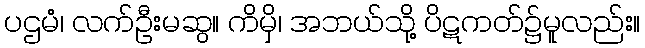
ပဌမံ၊ လက်ဦးမဆွ။ ကိမှိ၊ အဘယ်သို့ ပိဋကတ်၌မူလည်း။